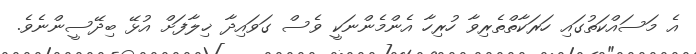
އެ މަސައްކަތުގައި ހަރަކާތްތެރިވާ ހުރިހާ އެންމެންނަކީ ވެސް ގަވައިދާ ޚިލާފަށް އުޅޭ ބިދޭސީންނެވެ.